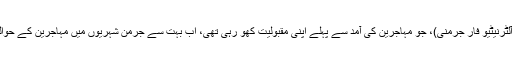
دائیں بازو کی عوامیت پسند جماعت AFD (آلٹرنیٹیو فار جرمنی)، جو مہاجرین کی آمد سے پہلے اپنی مقبولیت کھو رہی تھی، اب بہت سے جرمن شہریوں میں مہاجرین کے حوالے سے موجود خوف سے فائدہ اٹھا رہی ہے۔